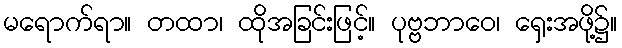
မရောက်ရာ။ တထာ၊ ထိုအခြင်းဖြင့်။ ပုဗ္ဗဘာဝေ၊ ရှေးအဖို့၌။